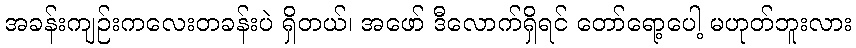
အခန်းကျဉ်းကလေးတခန်းပဲ ရှိတယ်၊ အဖော် ဒီလောက်ရှိရင် တော်ရော့ပေါ့ မဟုတ်ဘူးလား